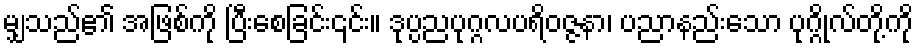
မျှသည်၏ အဖြစ်ကို ပြီးစေခြင်း၎င်း။ ဒုပ္ပညပုဂ္ဂလပရိဝဇ္ဇနာ၊ ပညာနည်းသော ပုဂ္ဂိုလ်တို့ကို